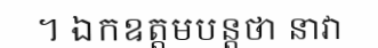
។ ឯកឧត្តមបន្តថា នាវា